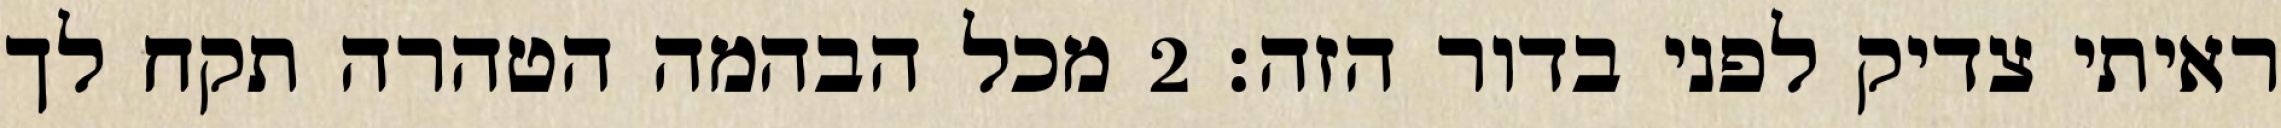
ראיתי צדיק לפני בדור הזה׃ ‎2‏ מכל הבהמה הטהרה תקח לך